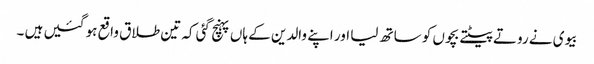
بیوی نے روتے پیٹتے بچوں کو ساتھ لیا اور اپنے والدین کے ہاں پہنچ گئی کہ تین طلاق واقع ہو گئیں ہیں ۔